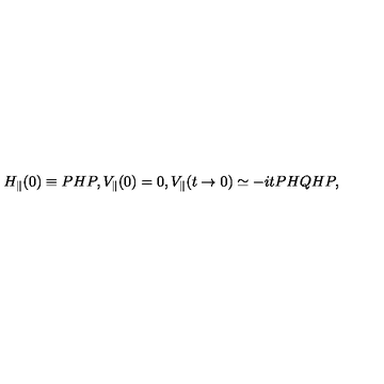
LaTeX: H _ { \parallel } ( 0 ) \equiv P H P , V _ { \parallel } ( 0 ) = 0 , V _ { \parallel } ( t \rightarrow 0 ) \simeq - i t P H Q H P ,